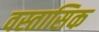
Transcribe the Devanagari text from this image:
वस्तासिक